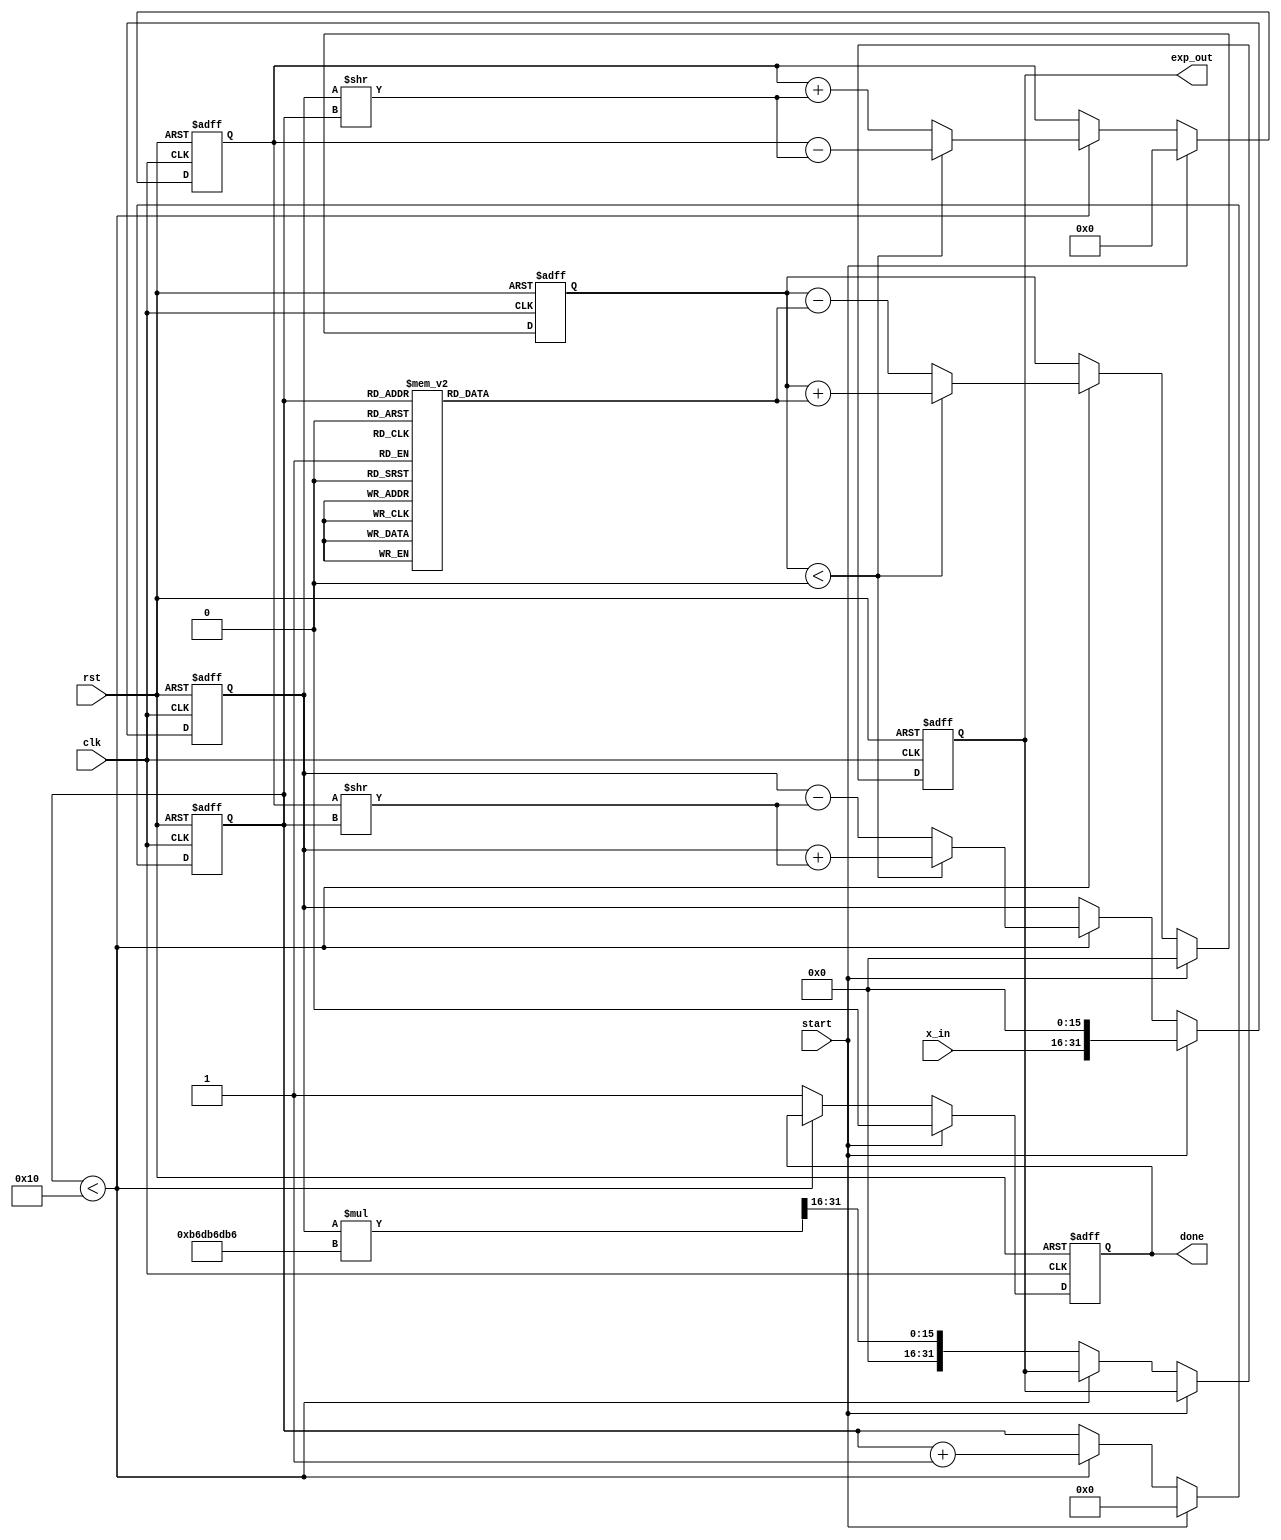
module cordic_exponential (
    input wire clk,
    input wire rst,
    input wire start,
    input wire [15:0] x_in, // Fixed-point input for exponent value
    output reg [31:0] exp_out, // Fixed-point output for exponential value
    output reg done // Signal to indicate completion
);

    // Parameters
    parameter NUM_ITERATIONS = 16; // Number of CORDIC iterations
    parameter ANGLE_WIDTH = 16; // Width for angle representation
    parameter FIXED_POINT_WIDTH = 32; // Width for fixed-point representation

    // Precomputed arctangent values (in fixed-point format)
    reg [ANGLE_WIDTH-1:0] atan_table [0:NUM_ITERATIONS-1];
    initial begin
        // Initialize arctangent values for CORDIC
        atan_table[0] = 16'h0000; // atan(0)
        atan_table[1] = 16'h1C71; // atan(1/2^1)
        atan_table[2] = 16'h0D89; // atan(1/2^2)
        atan_table[3] = 16'h05A8; // atan(1/2^3)
        atan_table[4] = 16'h028B; // atan(1/2^4)
        atan_table[5] = 16'h0143; // atan(1/2^5)
        atan_table[6] = 16'h00A2; // atan(1/2^6)
        atan_table[7] = 16'h0051; // atan(1/2^7)
        atan_table[8] = 16'h0028; // atan(1/2^8)
        atan_table[9] = 16'h0014; // atan(1/2^9)
        atan_table[10] = 16'h000A; // atan(1/2^10)
        atan_table[11] = 16'h0005; // atan(1/2^11)
        atan_table[12] = 16'h0002; // atan(1/2^12)
        atan_table[13] = 16'h0001; // atan(1/2^13)
        atan_table[14] = 16'h0000; // atan(1/2^14)
        atan_table[15] = 16'h0000; // atan(1/2^15)
    end

    // Internal registers
    reg [FIXED_POINT_WIDTH-1:0] x; // Current x value
    reg [FIXED_POINT_WIDTH-1:0] y; // Current y value
    reg [ANGLE_WIDTH-1:0] z; // Current angle
    reg [3:0] iteration; // Iteration counter
    reg [FIXED_POINT_WIDTH-1:0] scaling_factor; // Scaling factor

    // Scaling factor for CORDIC
    initial begin
        scaling_factor = 32'hB6DB6DB6; // Approximate scaling factor for 16 iterations
    end

    // Control logic
    always @(posedge clk or posedge rst) begin
        if (rst) begin
            exp_out <= 0;
            done <= 0;
            iteration <= 0;
            x <= 0;
            y <= 0;
            z <= 0;
        end else if (start) begin
            // Initialization
            x <= (x_in << 16); // Scale input to fixed-point
            y <= 0;
            z <= 0;
            iteration <= 0;
            done <= 0;
        end else if (iteration < NUM_ITERATIONS) begin
            // CORDIC iteration
            if (z < 0) begin
                // Rotate counter-clockwise
                x <= x + (y >> iteration);
                y <= y - (x >> iteration);
                z <= z + atan_table[iteration];
            end else begin
                // Rotate clockwise
                x <= x - (y >> iteration);
                y <= y + (x >> iteration);
                z <= z - atan_table[iteration];
            end
            iteration <= iteration + 1;
        end else begin
            // Final output calculation
            exp_out <= (x * scaling_factor) >> 16; // Scale output
            done <= 1; // Indicate completion
        end
    end
endmodule